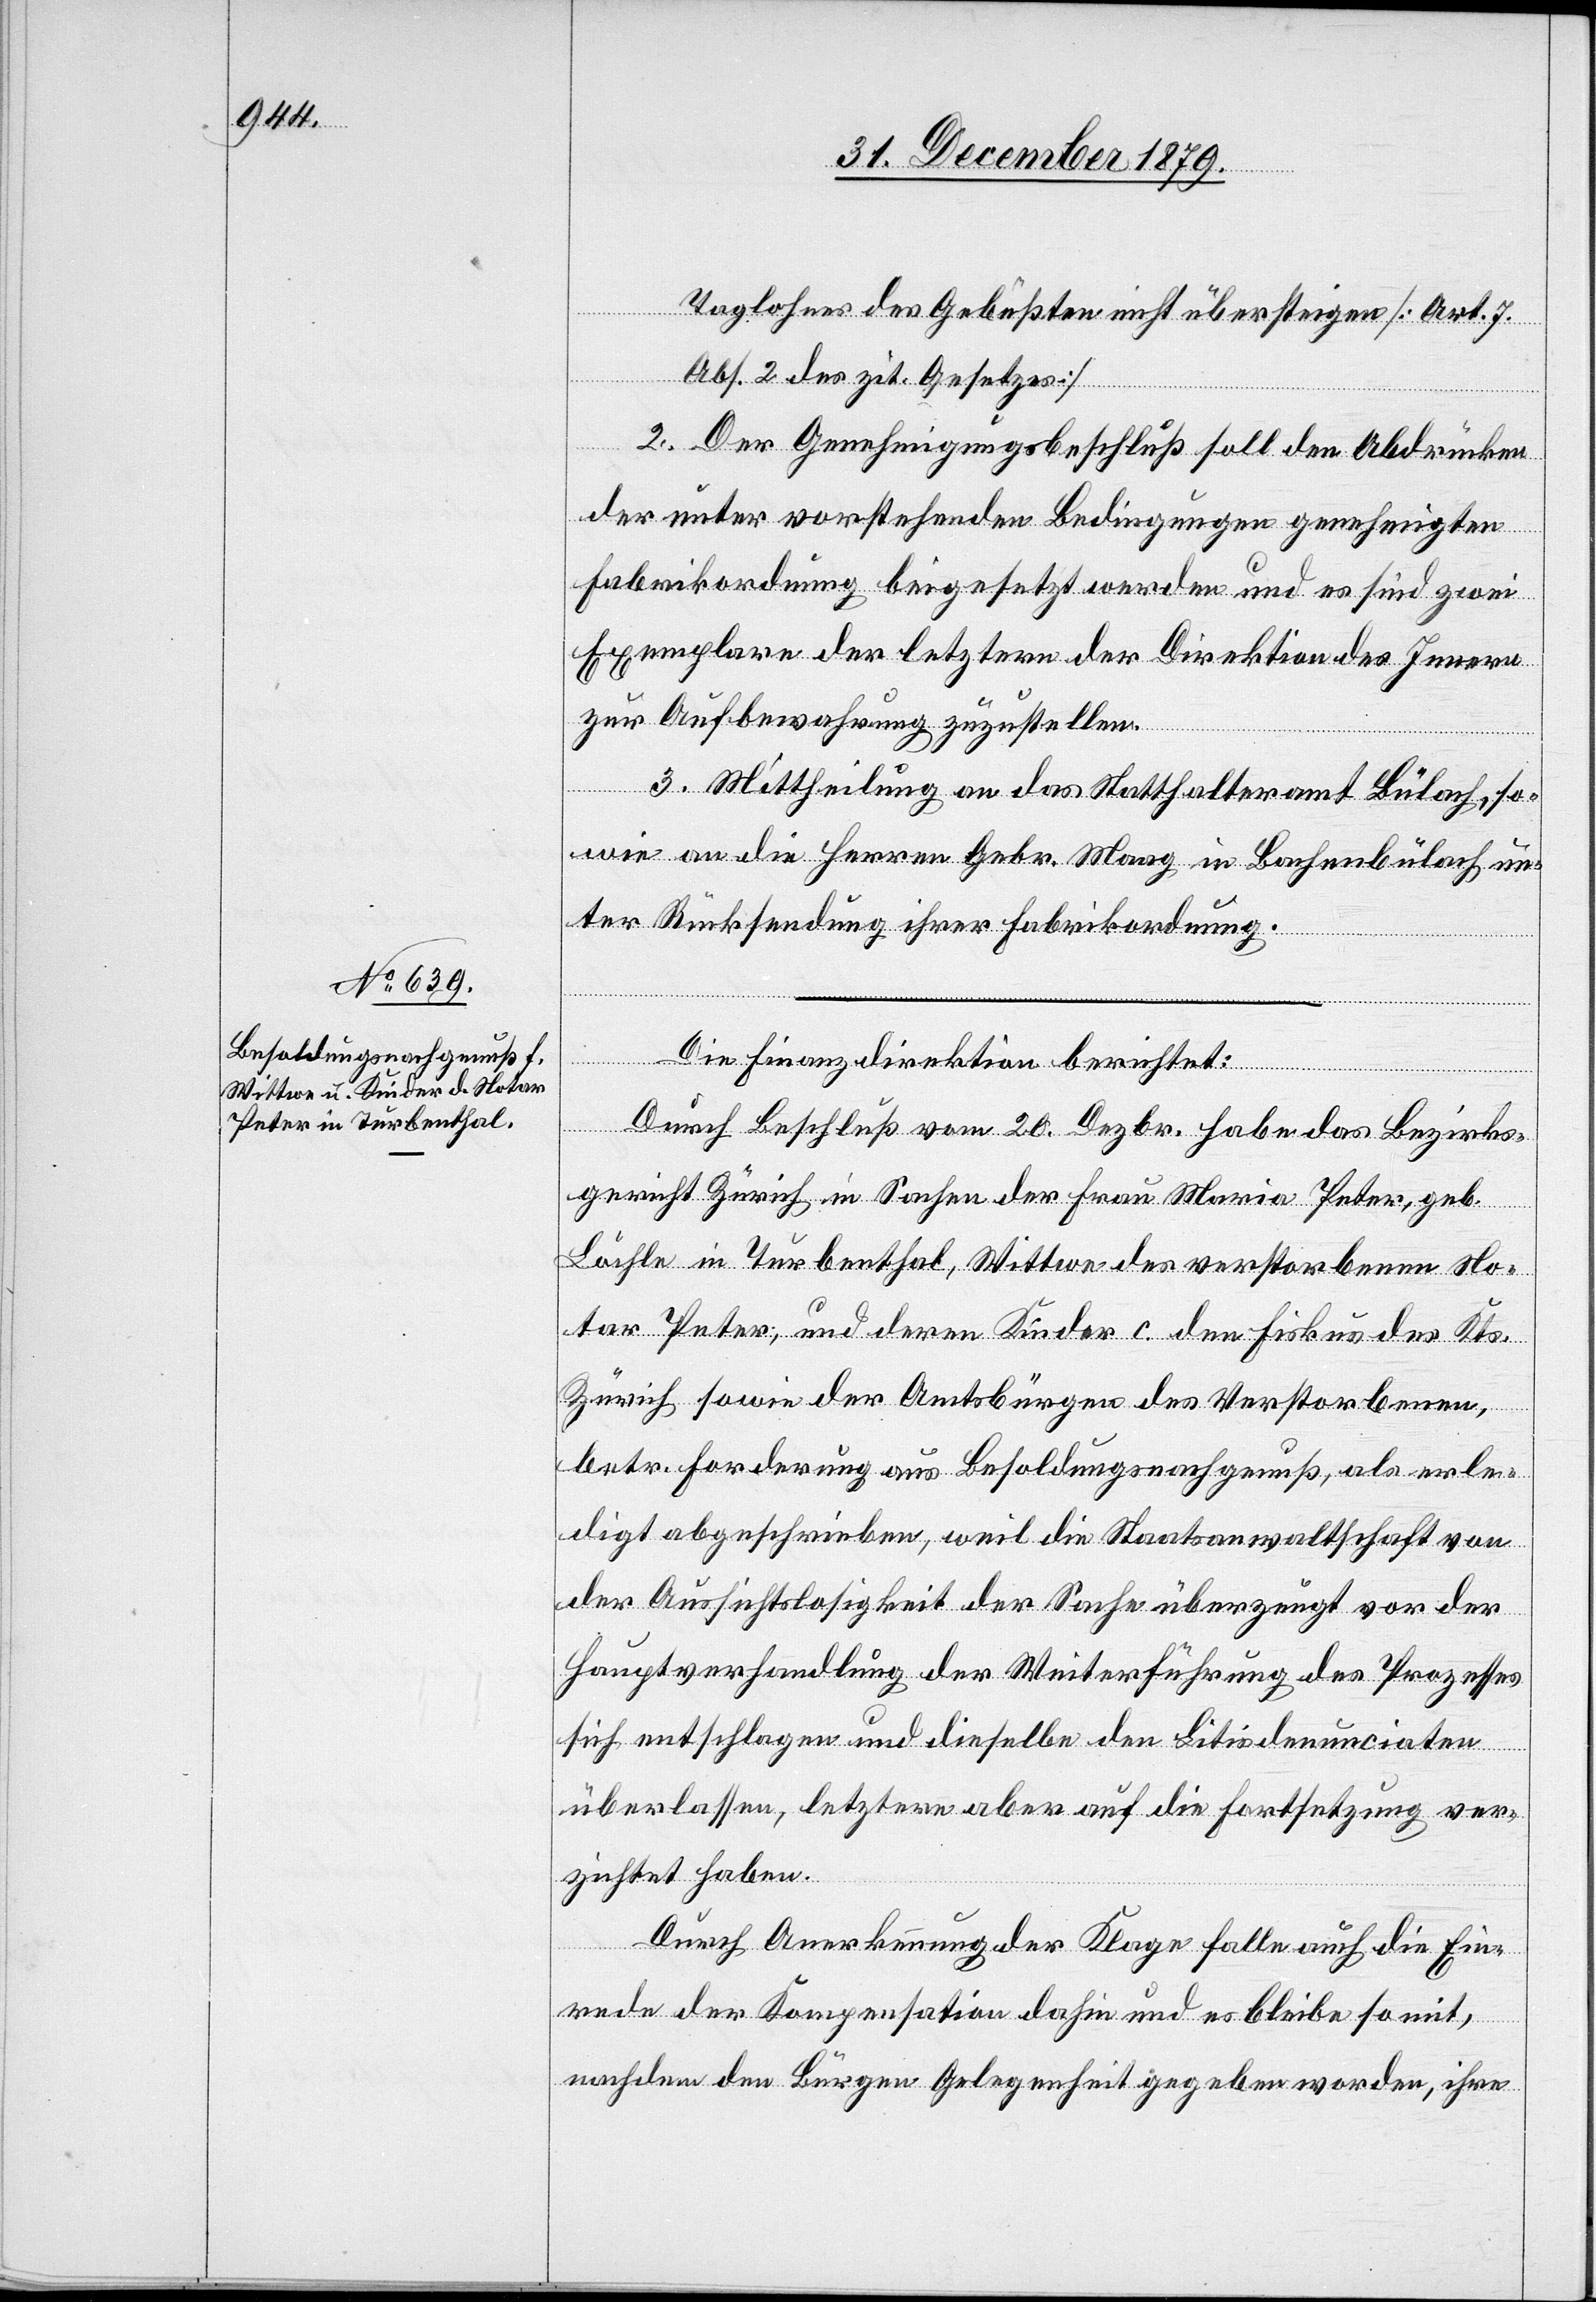
Taglohnes des Gebüßten nicht übersteigen [Art. 7
Abs. 2 des zit. Gesetzes].
2. Der Genehmigungsbeschluß soll den Abdrücken
der unter vorstehenden Bedingungen genehmigten
Fabrikordnung beigesetzt werden und es sind zwei
Exemplare der letztern der Direktion des Innern
zur Aufbewahrung zuzustellen.
3. Mittheilung an das Statthalteramt Bülach, so¬
wie an die Herren Gebr. Maag in Bachenbülach un¬
ter Rücksendung ihrer Fabrikordnung.
Die Finanzdirektion berichtet:
Durch Beschluß vom 20. Dezbr. habe das Bezirks¬
gericht Zürich in Sachen der Frau Marie Peter, geb.
Löchle in Turbenthal, Wittwe des verstorbenen No¬
tar Peter, und deren Kinder c. den Fiskus des Kts.
Zürich sowie der Amtsbürgen des verstorbenen,
betr. Forderung aus Besoldungsnachgenuß, als erle¬
digt abgeschrieben, weil die Staatsanwaltschaft von
der Aussichtslosigkeit der Sache überzeugt vor der
Hauptverhandlung der Weiterführung des Prozesses
sich entschlagen und dieselbe den Litisdenunciaten
überlassen, letztere aber auf die Fortsetzung ver¬
zichtet haben.
Durch Anerkennung der Klage fallen auch die Ein¬
rede der Kompensation dahin und es bleiben somit,
nachdem den Bürgen Gelegenheit gegeben worden, ihre